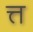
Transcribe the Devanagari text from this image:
त्त